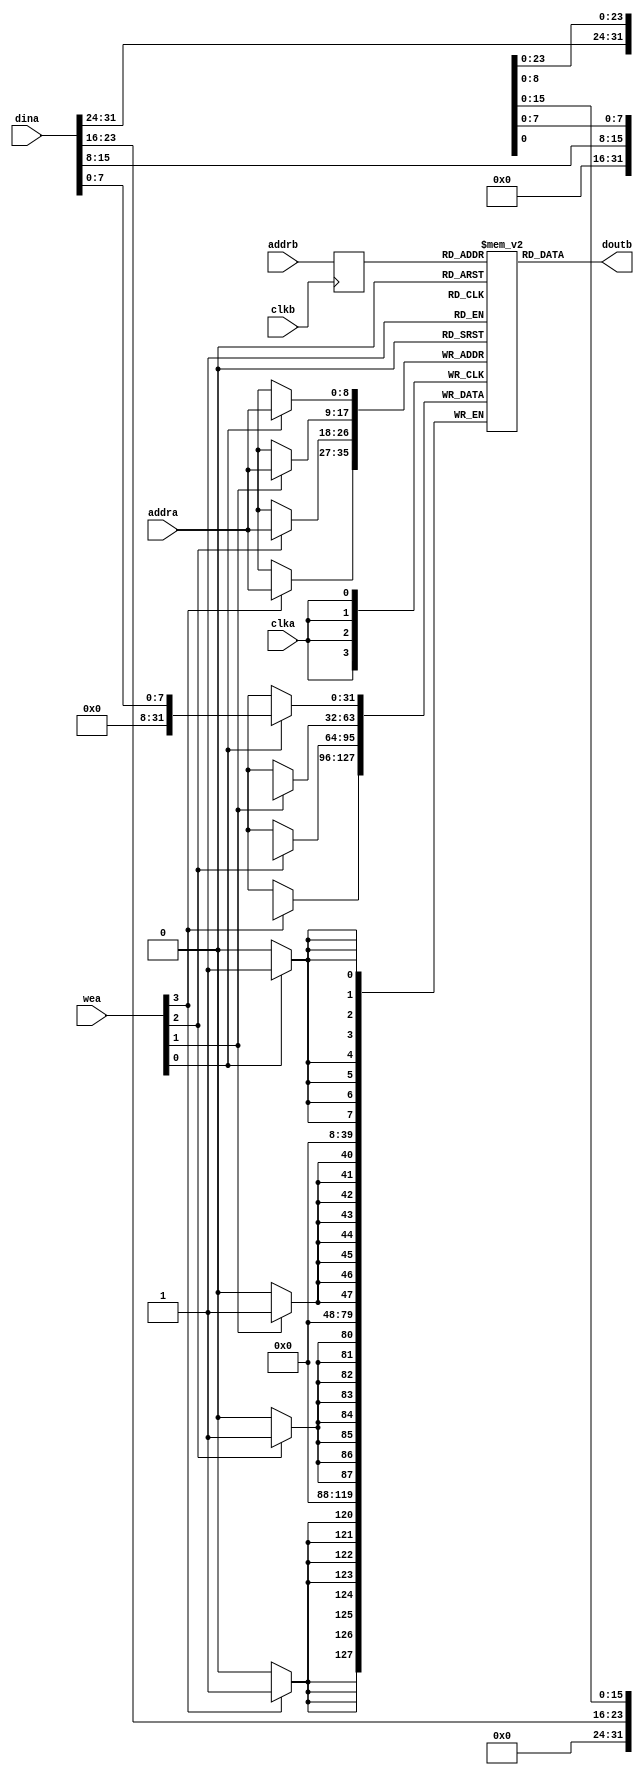
//
// Copyright 2019 Tobias Strauch, Munich, Bavaria
// Licensed under the Apache License, Version 2.0, see LICENSE for details.
// SPDX-License-Identifier: Apache-2.0
//

module sdp_ram_512x32x4 (clka,
                         wea,
                         addra,
                         dina,
                         clkb,
                         addrb,
                         doutb);

input clka;
input [3:0] wea;
input [8:0] addra;
input [31:0] dina;
input clkb;
input [8:0] addrb;
output [31:0] doutb;

reg [31:0] mem [511:0];
integer i;
  
always @ (posedge clka) begin
if (wea[0])
   mem[addra][ 7: 0] <= dina[ 7: 0];
if (wea[1])
   mem[addra][15: 8] <= dina[15: 8];
if (wea[2])
   mem[addra][23:16] <= dina[23:16];
if (wea[3])
   mem[addra][31:24] <= dina[31:24];
end

reg [8:0] addrb_reg;

always @(posedge clkb)
   addrb_reg <= addrb;

assign doutb = mem[addrb_reg];

endmodule